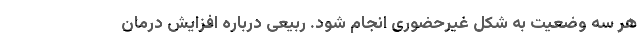
هر سه وضعیت به شکل غیرحضوری انجام شود. ربیعی درباره افزایش درمان